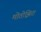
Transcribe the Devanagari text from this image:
मोतोझिरा